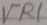
Text: VR1